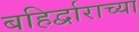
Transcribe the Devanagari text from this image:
बहिर्द्वाराच्या